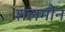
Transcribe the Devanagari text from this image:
शलमोन